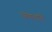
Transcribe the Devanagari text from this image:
फणाधारी